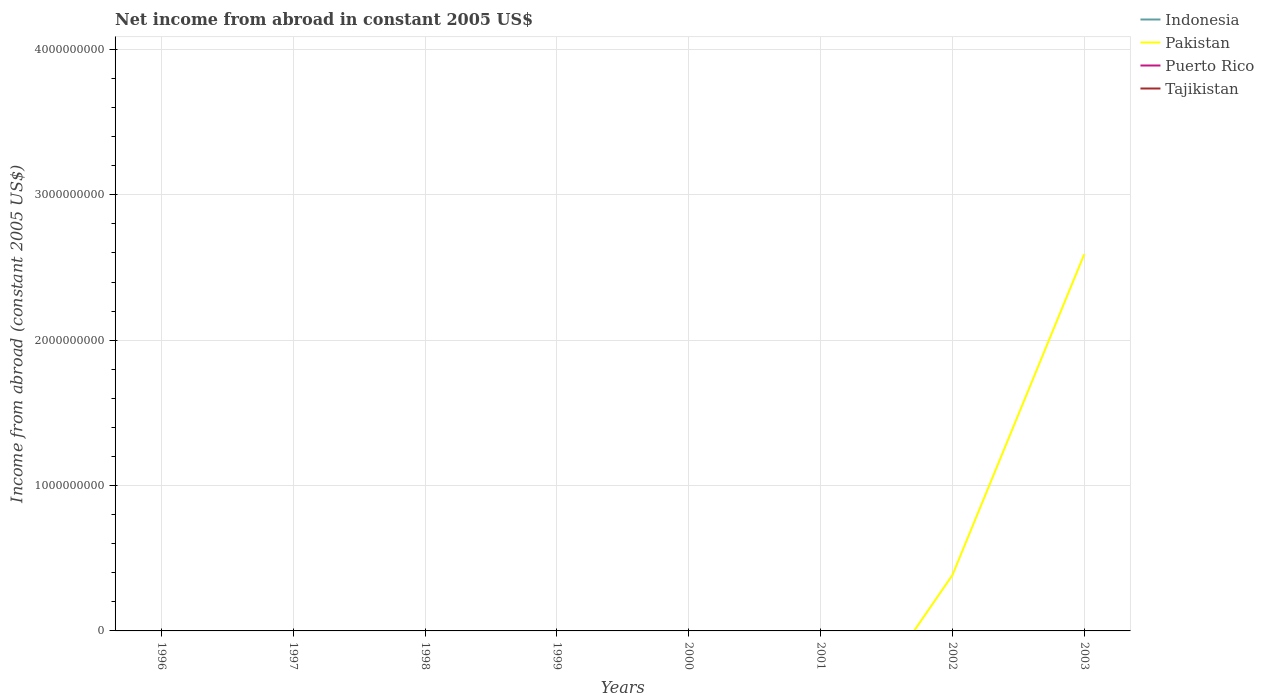
| Years | Indonesia | Pakistan | Puerto Rico | Tajikistan |
 | --- | --- | --- | --- | --- |
 | 1996 | -6.09e+09 | -2.13e+08 | -1.5e+10 | -7.63e+07 |
 | 1997 | -6.31e+09 | -4.97e+08 | -1.58e+10 | -2.36e+07 |
 | 1998 | -5.38e+09 | -5.66e+08 | -1.9e+10 | -3.31e+07 |
 | 1999 | -1.07e+10 | -5.48e+08 | -1.96e+10 | -2.95e+07 |
 | 2000 | -1.47e+10 | -9.27e+08 | -2.03e+10 | -3.61e+07 |
 | 2001 | -1.7e+10 | -9.36e+08 | -2.46e+10 | -5.07e+07 |
 | 2002 | -2.33e+10 | 3.84e+08 | -2.65e+10 | -5.68e+07 |
 | 2003 | -9.03e+09 | 2.59e+09 | -2.73e+10 | -9.03e+07 |